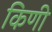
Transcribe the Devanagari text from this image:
किणी